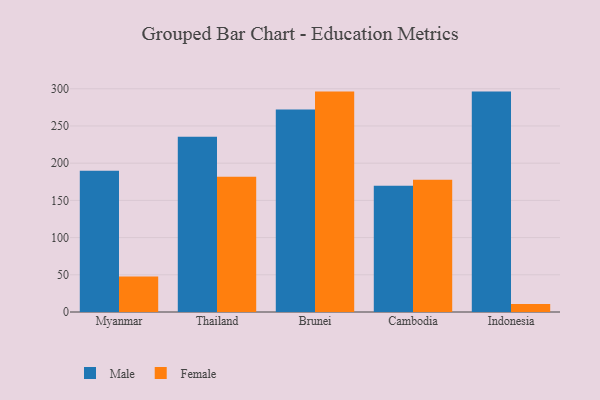
{"axis": {"x": "Country", "y": "Backlog"}, "legend": ["Female", "Male"], "data": [{"x": "Myanmar", "y": 189.9, "type": "Male"}, {"x": "Myanmar", "y": 47.7, "type": "Female"}, {"x": "Thailand", "y": 235.6, "type": "Male"}, {"x": "Thailand", "y": 181.7, "type": "Female"}, {"x": "Brunei", "y": 272.1, "type": "Male"}, {"x": "Brunei", "y": 296.2, "type": "Female"}, {"x": "Cambodia", "y": 169.6, "type": "Male"}, {"x": "Cambodia", "y": 177.7, "type": "Female"}, {"x": "Indonesia", "y": 296.2, "type": "Male"}, {"x": "Indonesia", "y": 10.7, "type": "Female"}]}